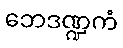
ဘေဒဏ္ဍကံ